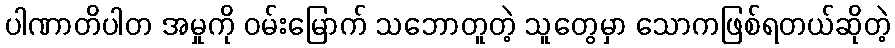
ပါဏာတိပါတ အမှုကို ဝမ်းမြောက် သဘောတူတဲ့ သူတွေမှာ သောကဖြစ်ရတယ်ဆိုတဲ့